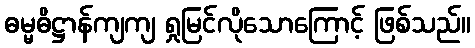
ဓမ္မဓိဋ္ဌာန်ကျကျ ရှုမြင်လိုသောကြောင့် ဖြစ်သည်။